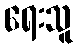
ရေးသူ